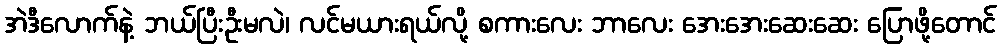
အဲဒီလောက်နဲ့ ဘယ်ပြီးဦးမလဲ၊ လင်မယားရယ်လို့ စကားလေး ဘာလေး အေးအေးဆေးဆေး ပြောဖို့တောင်